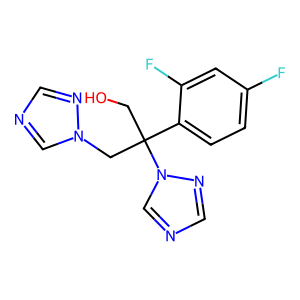
SMILES: OCC(Cn1cncn1)(c1ccc(F)cc1F)n1cncn1
Inhibits HIV replication: No